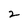
Character: 2